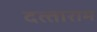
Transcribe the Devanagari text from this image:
दत्‍ताराम